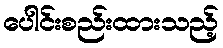
ပေါင်းစည်းထားသည့်